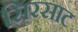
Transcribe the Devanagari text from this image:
सिरसाट